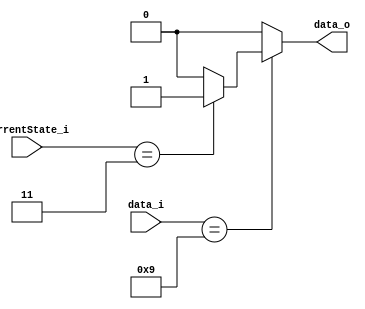
module OUTPUTMEALYFSM(data_o, data_i, CurrentState_i);
	parameter	S0 = 2'b00,
					S1 = 2'b01,
					S2 = 2'b10,
					S3 = 2'b11;
					
	input [1:0] CurrentState_i;
	input [3:0] data_i;
	output data_o;
	
	wire [1:0] CurrentState_i;
	wire [3:0] data_i;
	reg data_o;
	
	always @ (CurrentState_i, data_i) begin
		case (data_i)
			4'd9: if (CurrentState_i == S3) data_o = 1'b1; else data_o = 1'b0;
			default: data_o = 1'b0;
		endcase
	end
endmodule